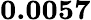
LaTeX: \mathbf{0.0057}